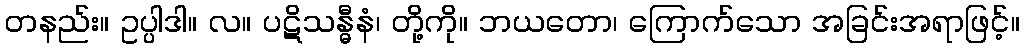
တနည်း။ ဥပ္ပါဒါ။ လ။ ပဋိသန္ဓီနံ၊ တို့ကို။ ဘယတော၊ ကြောက်သော အခြင်းအရာဖြင့်။